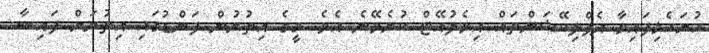
ހުށަހެޅިފައިވާ އެޕްލިކޭޝަންތައް އިވެލުއޭޓް ކުރެވޭނެ އެވެ. މީގެ އިތުރުން ފަންޑުގައި އިތުރަށް ފައިސާ